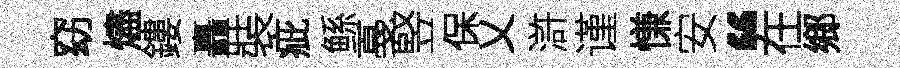
窈燼鏤矗裝疵鲧戞竪保乂滸谨慊安“在鄉